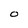
Character: 0